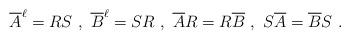
LaTeX: \begin{align*}\overline A^{\ell}=RS\ , \ \overline B^{\ell}=SR \ , \ \overline AR = R \overline B \ , \ S \overline A = \overline B S\ .\end{align*}